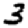
Digit: 3